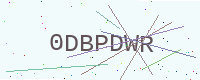
Text: 0DBPDWR